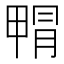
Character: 𭻝